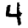
Digit: 4